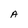
Character: A